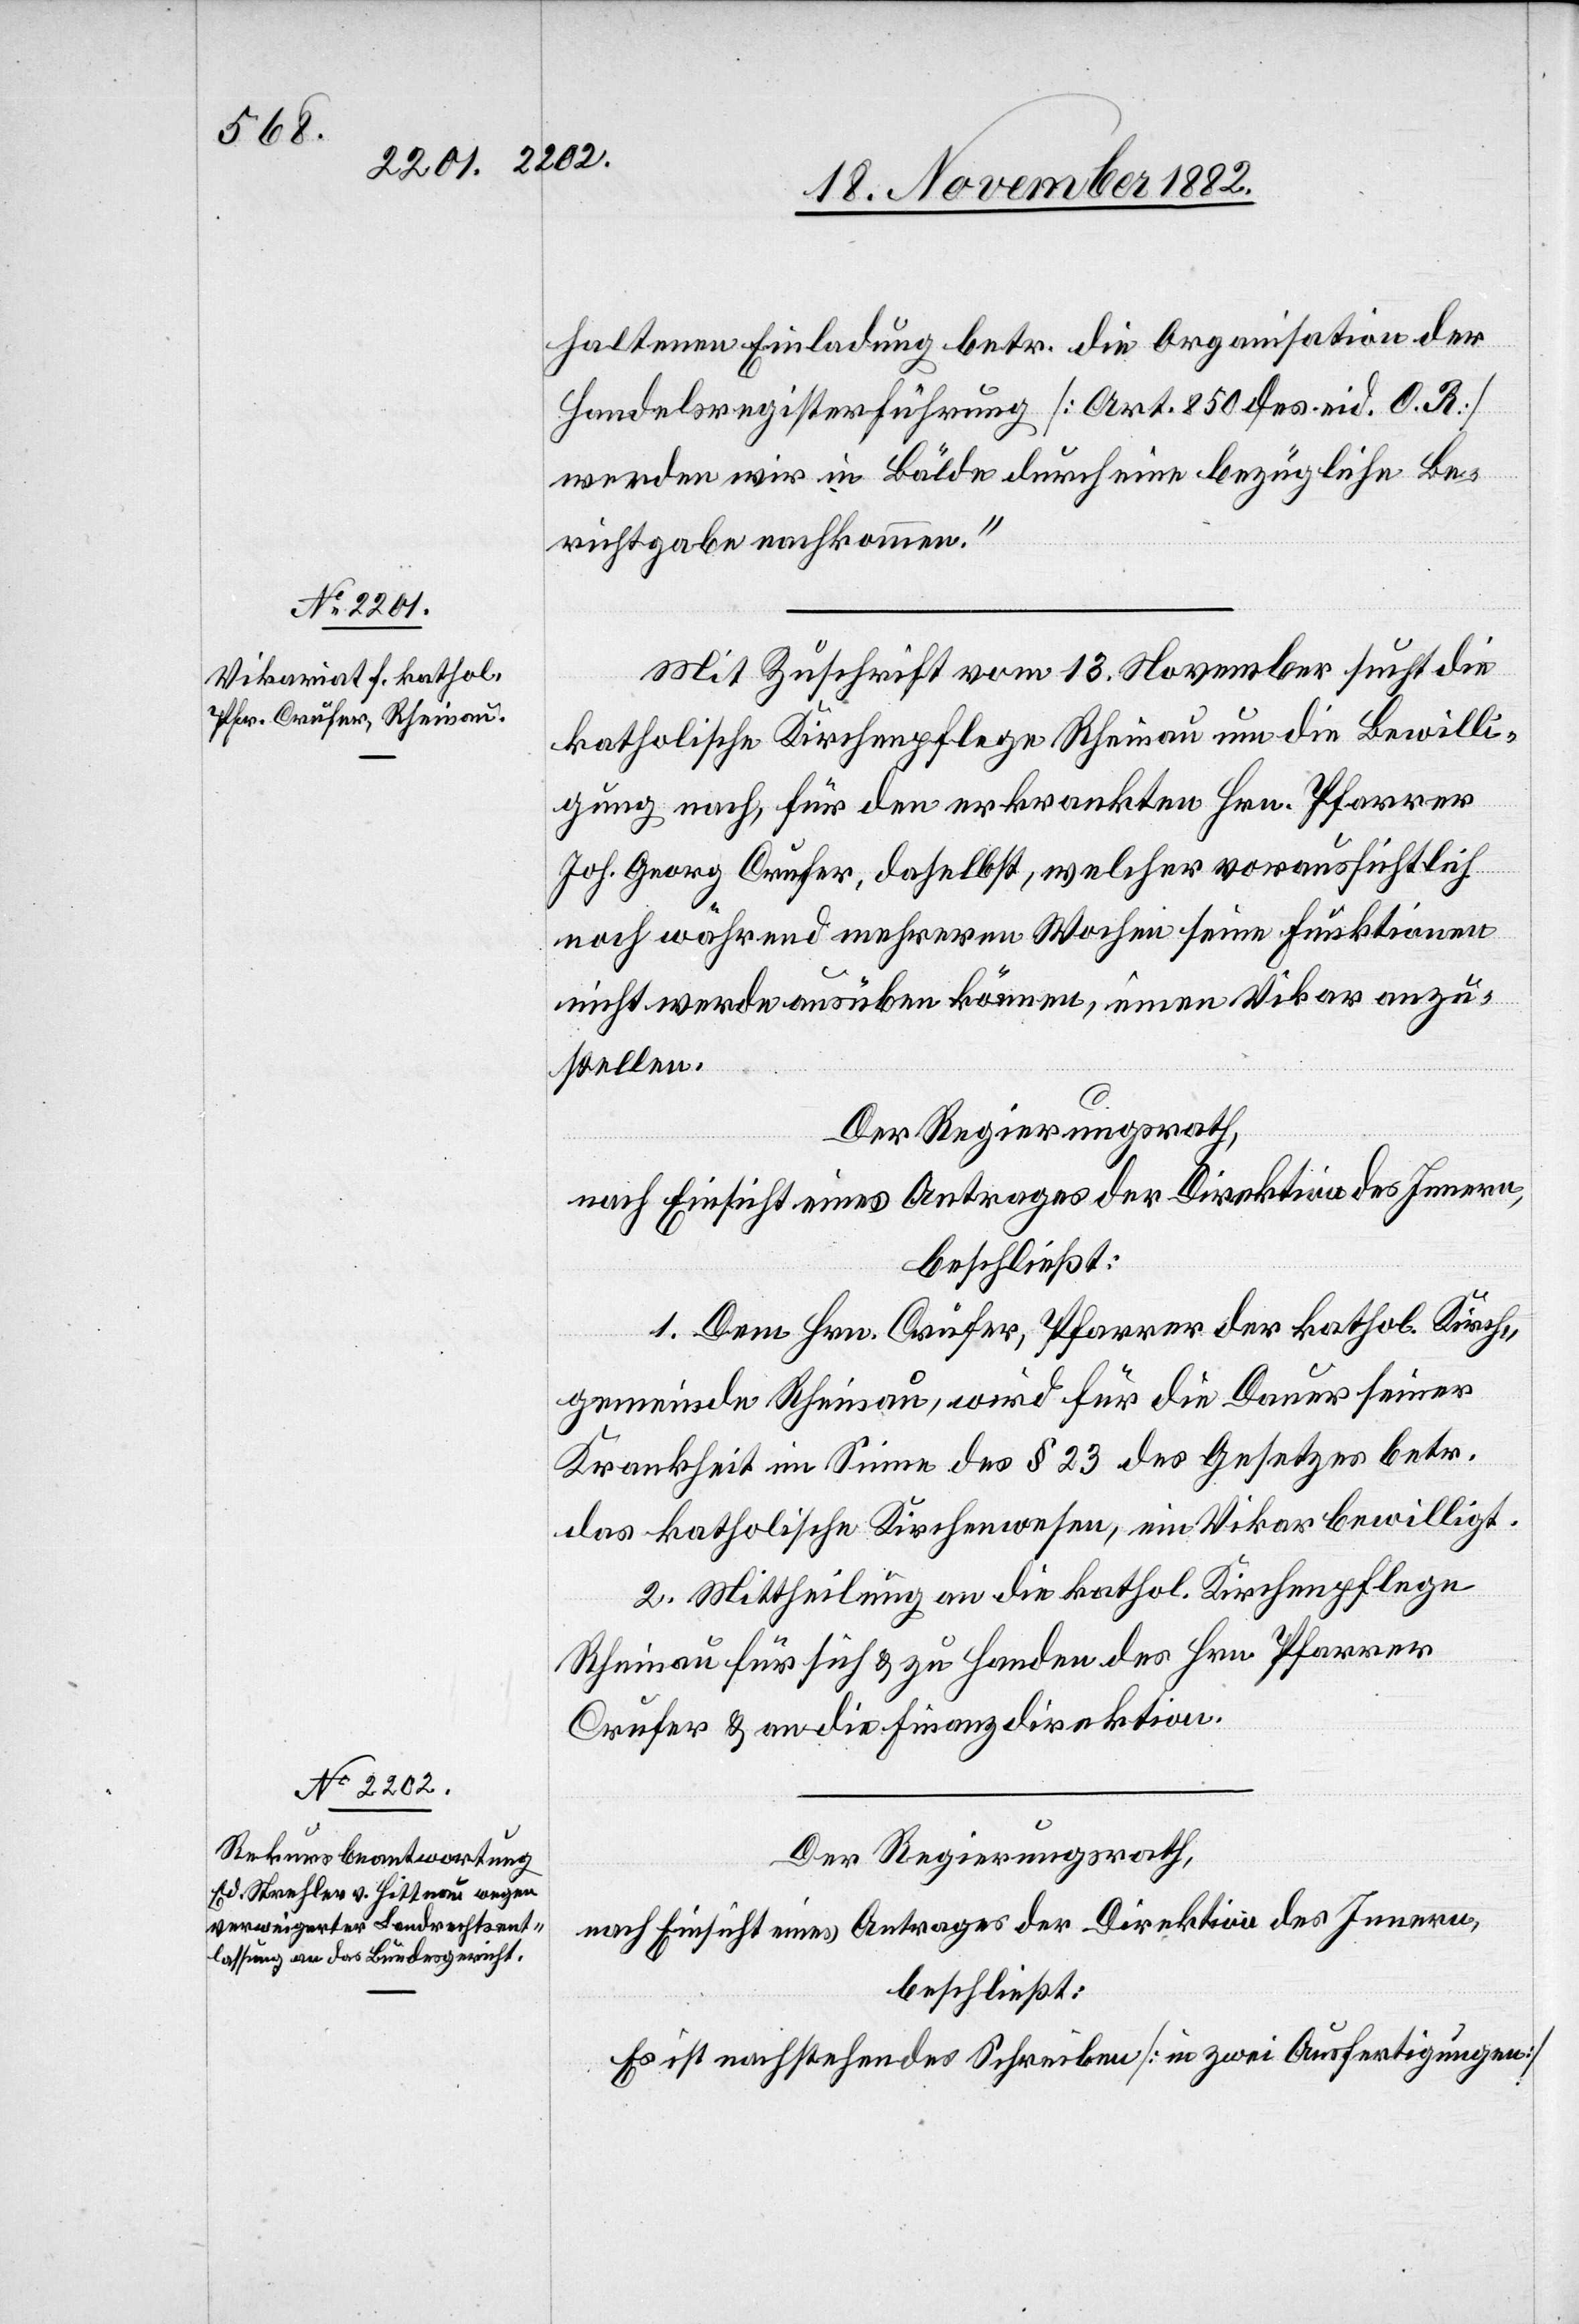
haltenen Einladung betr. die Organisation der
Handelsregisterführung [Art. 850 des eid. O. R.]
werden wir in Bälde durch eine bezügliche Be¬
richtgabe nachkommen.“
Mit Zuschrift vom 13. November sucht die
katholische Kirchenpflege Rheinau um die Bewilli¬
gung nach, für den erkrankten Hrn. Pfarrer
Joh. Georg Crufer, daselbst, welcher voraussichtlich
noch während mehrerer Wochen seine Funktionen
nicht werde ausüben können, einen Vikar anzu¬
stellen.
Der Regierungsrath,
nach Einsicht eines Antrages der Direktion des Innern,
beschließt:
1. Dem Hrn. Crufer, Pfarrer der kathol. Kirch¬
gemeinde Rheinau, wird für die Dauer seiner
Krankheit im Sinne des § 23 des Gesetzes betr.
das katholische Kirchenwesen, ein Vikar bewilligt.
2. Mittheilung an die kathol. Kirchenpflege
Rheinau für sich & zu Handen des Hrn. Pfarrer
Crufer & an die Finanzdirektion.
Der Regierungsrath,
Es ist nachstehendes Schreiben [in zwei Ausfertigungen]